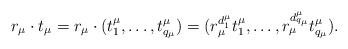
LaTeX: \begin{align*} r_{\mu} \cdot t_{\mu} = r_{\mu} \cdot(t_1^{\mu}, \ldots, t_{q_{\mu}}^{\mu}) =(r_{\mu}^{d^{\mu}_1}t_1^{\mu}, \ldots, r_{\mu}^{d^{\mu}_{q_{\mu}}}t_{q_{\mu}}^{\mu}).\end{align*}